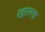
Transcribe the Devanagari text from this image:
खालगा